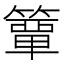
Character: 𮆕